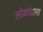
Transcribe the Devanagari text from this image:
लोकांद्वारा